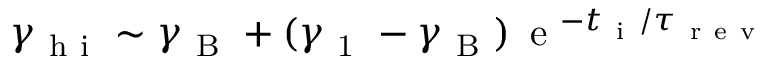
\gamma _ { \mathrm { ~ h ~ i ~ } } \sim \gamma _ { \mathrm { ~ B ~ } } + ( \gamma _ { \mathrm { ~ 1 ~ } } - \gamma _ { \mathrm { ~ B ~ } } ) \, \mathrm { ~ e ~ } ^ { - t _ { \mathrm { ~ i ~ } } / \tau _ { \mathrm { ~ r ~ e ~ v ~ } } }